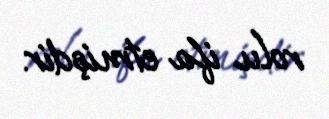
rolu ifa etmişdir.